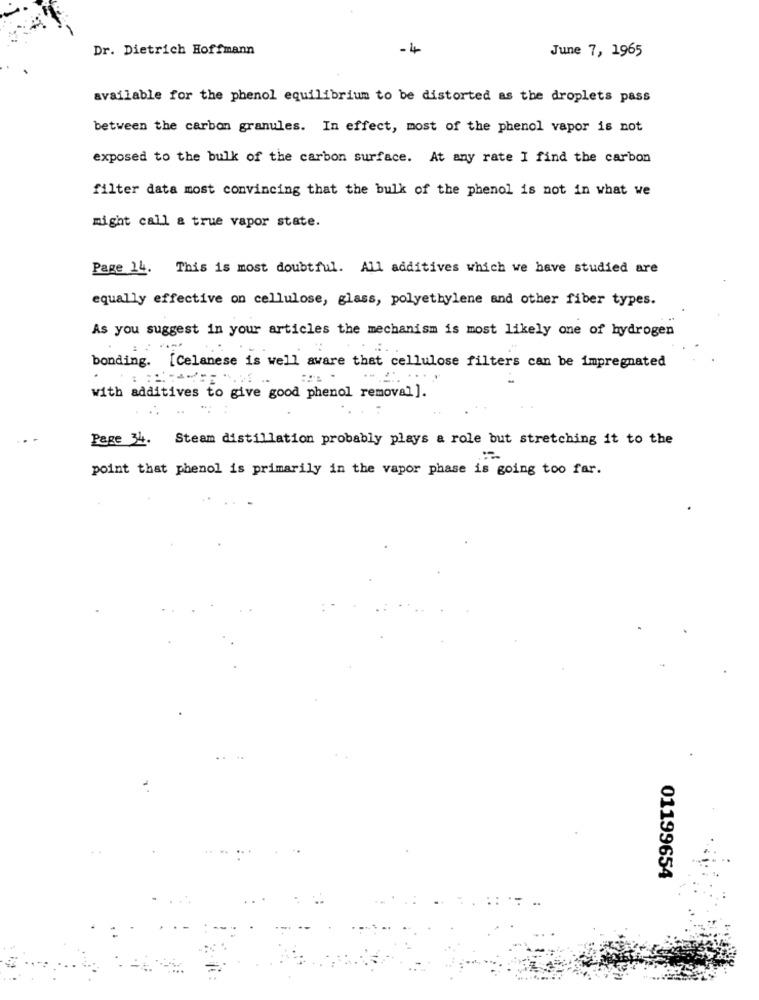
Dr. Dietrich Hoffmann
-4
June 7, 1965
available for the phenol equilibrium to be distorted as the droplets pass
between the carbon granules. In effect, most of the phenol vapor is not
exposed to the bulk of the carbon surface. At any rate I find the carbon
filter data most convincing that the bulk of the phenol is not in what we
might call a true vapor state.
Page 14. This is most doubtful. All additives which we have studied are
equally effective on cellulose, glass, polyethylene and other fiber types.
As you suggest in your articles the mechanism is most likely one of hydrogen
bonding. [Celanese is well aware that cellulose filters can be impregnated
with additives to give good phenol removal ].
Page 34. Steam distillation probably plays a role but stretching it to the
point that phenol is primarily in the vapor phase is going too far.
01199654
:: *